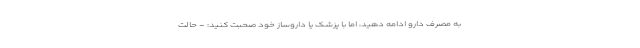
به مصرف دارو ادامه دهید، اما با پزشک یا داروساز خود صحبت کنید: - حالت